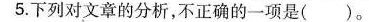
5.下列对文章的分析，不正确的一项是()。